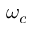
\omega _ { c }